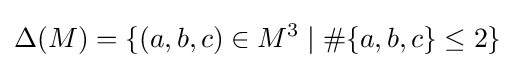
\Delta (M)=\{(a,b,c)\in M^{3}\mid \#\{a,b,c\}\leq 2\}